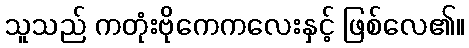
သူသည် ကတုံးဗိုကေကလေးနှင့် ဖြစ်လေ၏။